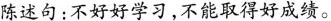
陈述句：不好好学习，不能取得好成绩。